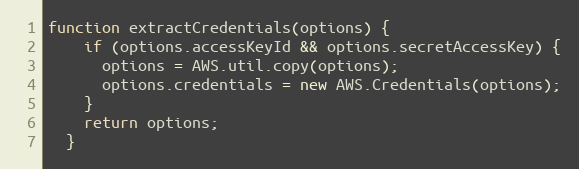
Language: JavaScript
function extractCredentials(options) {
    if (options.accessKeyId && options.secretAccessKey) {
      options = AWS.util.copy(options);
      options.credentials = new AWS.Credentials(options);
    }
    return options;
  }